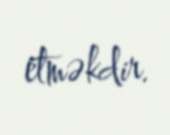
etməkdir.